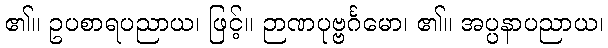
၏။ ဥပစာရပညာယ၊ ဖြင့်။ ဉာဏပုဗ္ဗင်္ဂမော၊ ၏။ အပ္ပနာပညာယ၊